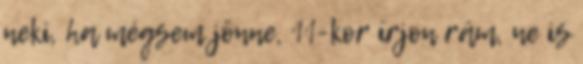
neki, ha mégsem jönne, 11-kor írjon rám, ne is